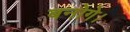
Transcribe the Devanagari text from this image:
बनोगे।